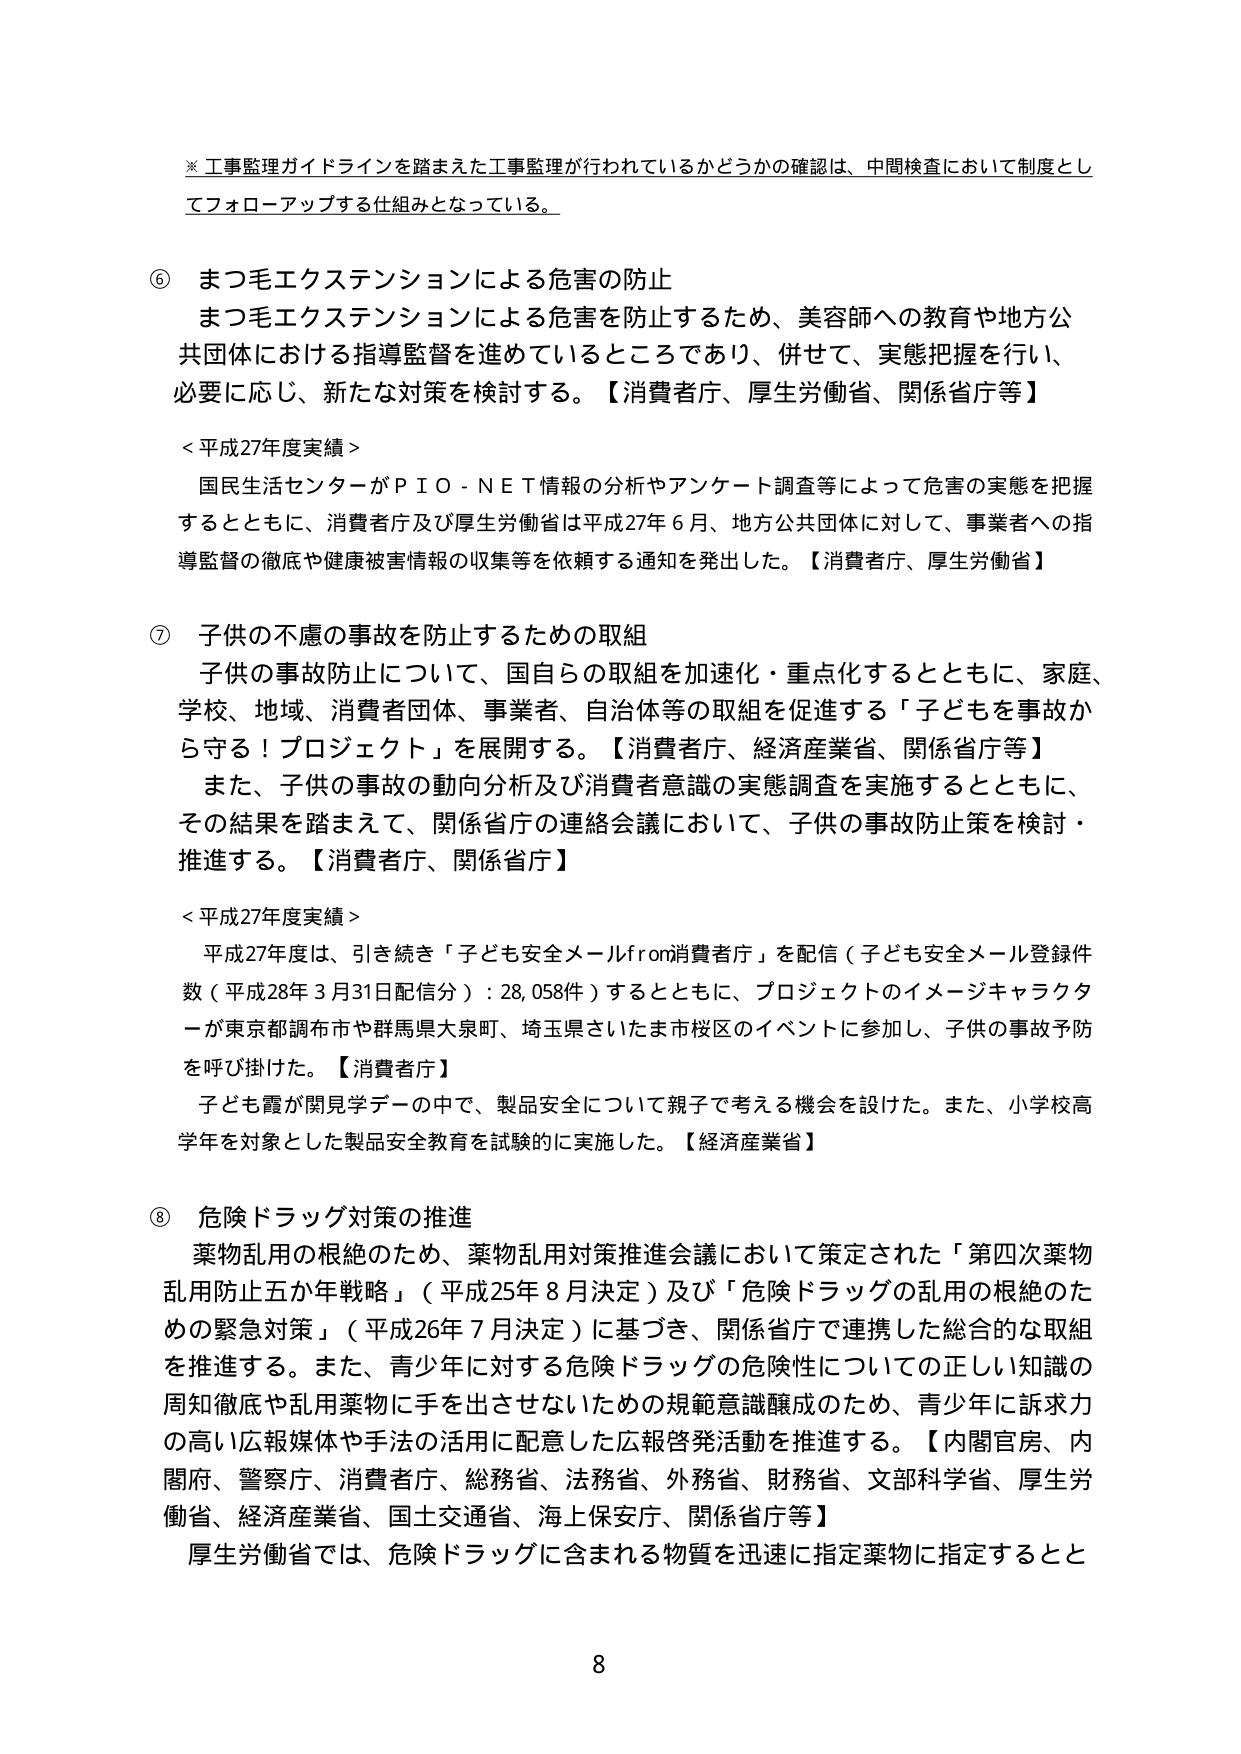
※工事監理ガイドラインを踏まえた工事監理が行われているかどうかの確認は、中間検査において制度としてフォローアップする仕組みとなっている。

⑥ まつ毛エクステンションによる危害の防止
まつ毛エクステンションによる危害を防止するため、美容師への教育や地方公共団体における指導監督を進めているところであり、併せて、実態把握を行い、必要に応じ、新たな対策を検討する。【消費者庁、厚生労働省、関係省庁等】

＜平成27年度実績＞
国民生活センターがＰＩＯ－ＮＥＴ情報の分析やアンケート調査等によって危害の実態を把握するとともに、消費者庁及び厚生労働省は平成27年6月、地方公共団体に対して、事業者への指導監督の徹底や健康被害情報の収集等を依頼する通知を発出した。【消費者庁、厚生労働省】

⑦ 子供の不慮の事故を防止するための取組
子供の事故防止について、国自らの取組を加速化・重点化するとともに、家庭、学校、地域、消費者団体、事業者、自治体等の取組を促進する「子どもを事故から守る！プロジェクト」を展開する。【消費者庁、経済産業省、関係省庁等】
また、子供の事故の動向分析及び消費者意識の実態調査を実施するとともに、その結果を踏まえて、関係省庁の連絡会議において、子供の事故防止策を検討・推進する。【消費者庁、関係省庁】

＜平成27年度実績＞
平成27年度は、引き続き「子ども安全メールfrom消費者庁」を配信（子ども安全メール登録件数（平成28年3月31日配信分）：28,058件）するとともに、プロジェクトのイメージキャラクターが東京都調布市や群馬県大泉町、埼玉県さいたま市桜区のイベントに参加し、子供の事故予防を呼び掛けた。【消費者庁】
子ども霞が関見学デーの中で、製品安全について親子で考える機会を設けた。また、小学校高学年を対象とした製品安全教育を試験的に実施した。【経済産業省】

⑧ 危険ドラッグ対策の推進
薬物乱用の根絶のため、薬物乱用対策推進会議において策定された「第四次薬物乱用防止五か年戦略」（平成25年8月決定）及び「危険ドラッグの乱用の根絶のための緊急対策」（平成26年7月決定）に基づき、関係省庁で連携した総合的な取組を推進する。また、青少年に対する危険ドラッグの危険性についての正しい知識の周知徹底や乱用薬物に手を出さないための規範意識醸成のため、青少年に訴求力の高い広報媒体や手法の活用に配意した広報啓発活動を推進する。【内閣官房、内閣府、警察庁、消費者庁、総務省、法務省、外務省、財務省、文部科学省、厚生労働省、経済産業省、国土交通省、海上保安庁、関係省庁等】
厚生労働省では、危険ドラッグに含まれる物質を迅速に指定薬物に指定するとと

8